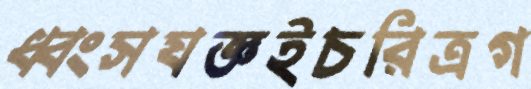
ধ্বংসযজ্ঞইচরিত্রগ